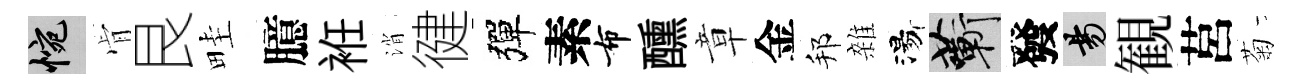
惋肻艮畦臆袵消徤彈素布醺章金邦雜湯蔪發昜観莒菊